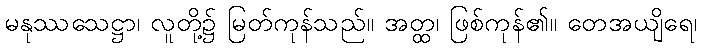
မနုဿသေဋ္ဌာ၊ လူတို့၌ မြတ်ကုန်သည်။ အတ္ထ၊ ဖြစ်ကုန်၏။ တေအယျိရေ၊